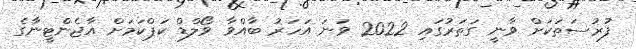
ފުރުސަތަކަށް ވާނީ ގަތަރުގައި 2022 ވަނަ އަހަރު ބާއްވާ ވޯލްޑް ކަޕްކަމަށް އާޖެންޓީނާގެ